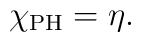
\chi_{\rm PH} = \eta.